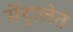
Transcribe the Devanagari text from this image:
सेंट्रालेत